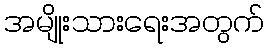
အမျိုးသားရေးအတွက်